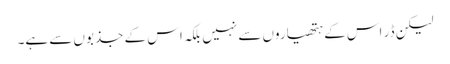
لیکن ڈر اس کے ہتھیاروں سے نہیں بلکہ اس کے جذبوں سے ہے۔